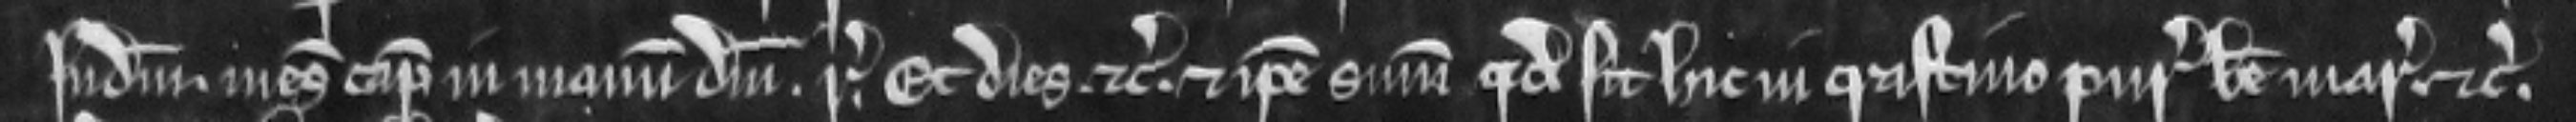
Judicium mesuagium capiatur in manum domini regis. Et dies etc. Et ipse summoneatur quod sit hic in crastino Purificacionis Beate Marie etc.